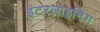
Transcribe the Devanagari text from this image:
इंटरलाइनिंग